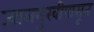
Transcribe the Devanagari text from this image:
ज्वालमुखीपासून